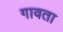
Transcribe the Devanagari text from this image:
गावता